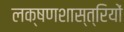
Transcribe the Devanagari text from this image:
लक्षणशास्त्रियों